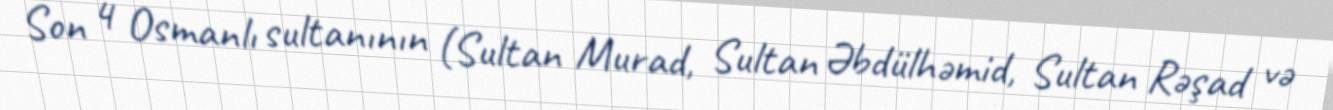
Son 4 Osmanlı sultanının (Sultan Murad, Sultan Əbdülhəmid, Sultan Rəşad və